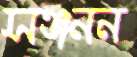
সঞ্জনন